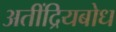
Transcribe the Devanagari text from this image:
अतींद्रियबोध